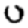
Digit: 0